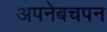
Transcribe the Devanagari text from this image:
अपनेबचपन